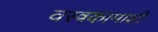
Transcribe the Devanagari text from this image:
वस्त्रकामाशी